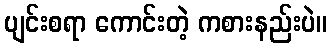
ပျင်းစရာ ကောင်းတဲ့ ကစားနည်းပဲ။